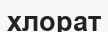
хлорат